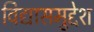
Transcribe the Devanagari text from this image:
विद्यासमुद्देश